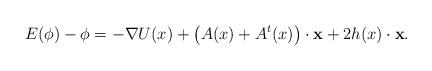
LaTeX: \begin{align*}E(\phi ) - \phi = - \nabla U(x) + \left(A(x) + A^t(x)\right)\cdot \mathbf x + 2h(x)\cdot \mathbf x.\end{align*}